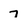
Character: 7